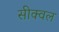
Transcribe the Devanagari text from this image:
सीक्‍वल